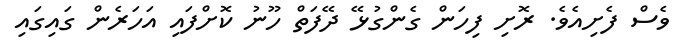
ވެސް ފެށިއެވެ. ރޮށި ފިހަން ގެންގުޅޭ ދޭފަތް ހޫނު ކޮށްފައި އަހަރެން ގައިގައި